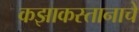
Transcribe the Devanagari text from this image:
कझाकस्तानाचे